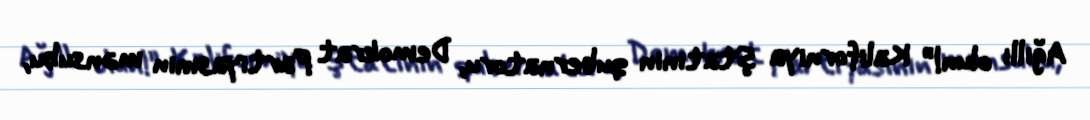
Ağıllı olun!” Kaliforniya ştatının qubernatoru, Demokrat Partiyasının mənsubu,